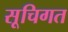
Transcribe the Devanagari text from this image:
सूचिगत